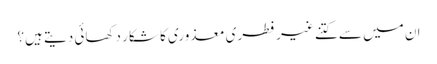
ان میں سے کتنے غیر فطری معذوری کا شکار دکھائی دیتے ہیں؟